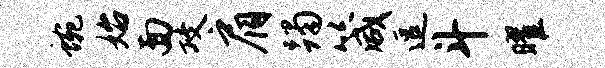
蜿始面攻肩躅箴逗斗曜